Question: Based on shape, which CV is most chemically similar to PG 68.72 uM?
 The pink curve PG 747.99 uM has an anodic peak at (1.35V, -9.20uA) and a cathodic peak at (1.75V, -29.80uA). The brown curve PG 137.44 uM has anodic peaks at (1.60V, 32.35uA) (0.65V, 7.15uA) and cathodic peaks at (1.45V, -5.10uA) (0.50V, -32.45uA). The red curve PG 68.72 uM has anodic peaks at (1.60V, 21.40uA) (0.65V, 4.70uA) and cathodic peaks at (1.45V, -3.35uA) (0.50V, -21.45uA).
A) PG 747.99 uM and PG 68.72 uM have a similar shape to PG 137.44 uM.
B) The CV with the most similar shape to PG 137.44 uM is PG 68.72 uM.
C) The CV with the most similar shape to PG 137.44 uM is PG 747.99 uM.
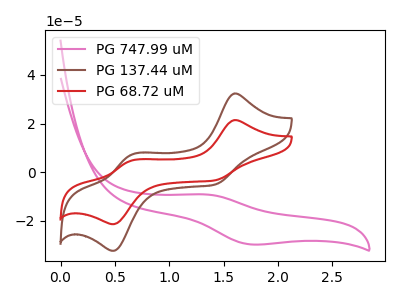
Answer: <think>"PG 747.99 uM" and "PG 137.44 uM" have a different number of peaks. "PG 747.99 uM" and "PG 68.72 uM" have a different number of peaks. All the peaks in "PG 137.44 uM" have a peak in "PG 68.72 uM" at the same potential. Every peak in "PG 137.44 uM" is higher than every peak in "PG 68.72 uM".
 </think>
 <answer>B) The CV with the most similar shape to "PG 137.44 uM" is "PG 68.72 uM".</answer>
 <eval>B</eval>